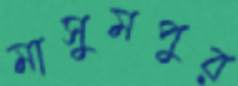
মাসুমপুর